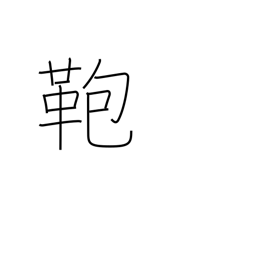
Meaning: suitcase